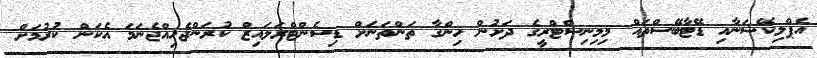
އެޕްލިކޭޝަނާއި ޑޭޓާބޭސްތައް މިމިނިސްޓްރީގެ ދަށުން ހިންގާ ތަންތަނަށް ޑިސެންޓްރަލައިޒް ކުރަންޖެހިއްޖެނަމަ އެކަން ކުރުމަށް